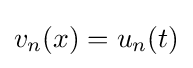
v_{n}(x)=u_{n}(t)